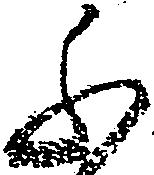
ふ